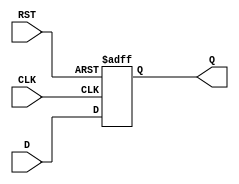
module StoreRegister #(
    parameter n = 8  // Parameter for the width of the register
)(
    input  wire [n-1:0] D,    // Data input
    input  wire CLK,           // Clock input
    input  wire RST,           // Asynchronous reset
    output reg  [n-1:0] Q      // Data output
);

// Always block triggered on the rising edge of the clock or the reset signal
always @(posedge CLK or posedge RST) begin
    if (RST) begin
        Q <= {n{1'b0}}; // Set Q to 0 (n bits)
    end else begin
        Q <= D; // Capture the input data D
    end
end

endmodule